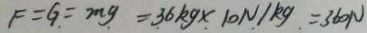
F = G = m g = 3 6 k g \times 1 0 N / k g = 3 6 0 N